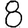
Digit: 8